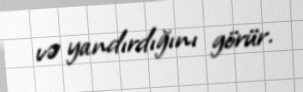
və yandırdığını görür.